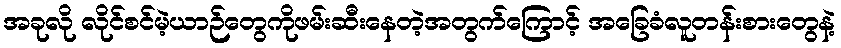
အခုလို လိုင်စင်မဲ့ယာဉ်တွေကိုဖမ်းဆီးနေတဲ့အတွက်ကြောင့် အခြေခံလူတန်းစားတွေနဲ့